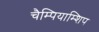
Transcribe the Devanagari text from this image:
चैम्पियाम्शिप